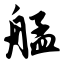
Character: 艋